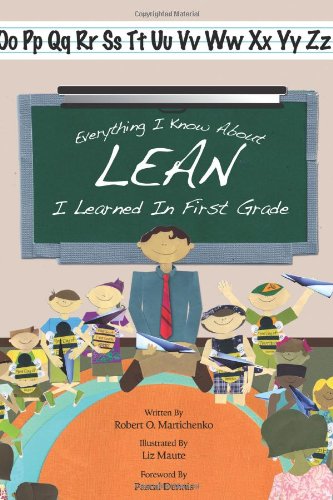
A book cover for Everything I Know About Lean I Learned in First Grade; Robert O. Martichenko; Business & Money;